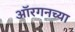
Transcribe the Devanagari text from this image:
ऑरगनच्या